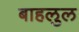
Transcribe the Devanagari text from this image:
बाहलुल